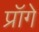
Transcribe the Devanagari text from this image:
प्रॉगे